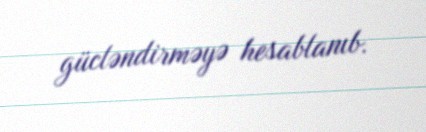
gücləndirməyə hesablanıb.